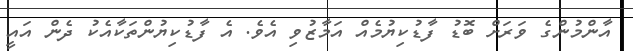
އާންމުންގެ ވަރަށް ބޮޑު ފާޑުކިޔުމެއް އަމާޒުވި އެވެ. އެ ފާޑުކިޔުންތަކާއެކު ދެން އައީ